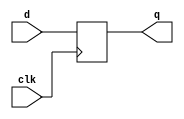
/*Important: Once you run ./a.out, it will keep running infinitely, because it is in an always block. You need to hit Ctrl +Z to stop it, else, the vcd will become a large file and will never end.

*/

module dflipflop(q, d, clk);
output q;
input d;
input clk;
reg q;

//behavioral/ sequential designs

always @(posedge clk) // sensitivity list

q <= d;  // <= is a non-blocking statement

endmodule